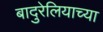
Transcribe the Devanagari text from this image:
बादुरेलियाच्या